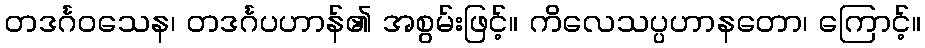
တဒင်္ဂဝသေန၊ တဒင်္ဂပဟာန်၏ အစွမ်းဖြင့်။ ကိလေသပ္ပဟာနတော၊ ကြောင့်။